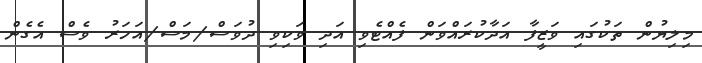
މިލިޔުން ތަކުގައި ވަޒީފާ އަދާކުރައްވަން ފެއްޓެވި އަދި ވަކިވި ދުވަސް/މަސް/އަހަރު ވެސް އެގެން